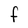
Character: F